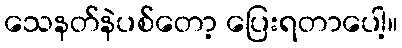
သေနတ်နဲပစ်တော့ ပြေးရတာပေါ့။